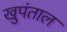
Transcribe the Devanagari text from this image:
खुपंताल